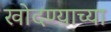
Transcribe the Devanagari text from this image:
खोदण्याच्या